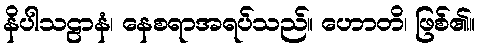
နိပါသဠာနံ၊ နေစရာအရပ်သည်။ ဟောတိ၊ ဖြစ်၏။